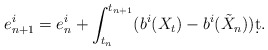
\begin{align*}e_{n+1}^i = e_n^i + \int_{t_n}^{t_{n+1}}(b^i(X_t)-b^i(\tilde X_n))\d t.\end{align*}